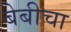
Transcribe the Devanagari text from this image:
बेबीचा